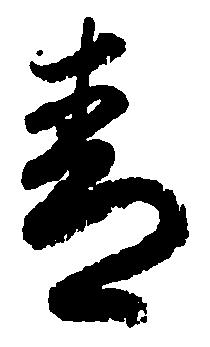
青